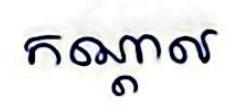
កណ្ដាល